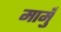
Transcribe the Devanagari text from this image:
मामुँ